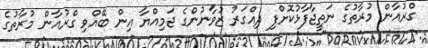
ގްރުއާން މުރާތުގެ ނަތީޖާފާޅުކޮށްފި ދިއްގަރު ޒުވާނުންގެ ޖަމިއްޔާ އިން ބޭއްވި ގްރުއާން މުރާތުގެ